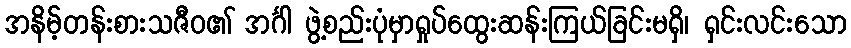
အနိမ့်တန်းစားသဇီဝ၏ အင်္ဂါ ဖွဲ့စည်းပုံမှာရှုပ်ထွေးဆန်းကြယ်ခြင်းမရှိ၊ ရှင်းလင်းသော